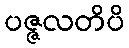
ပဇ္ဇလတိပိ